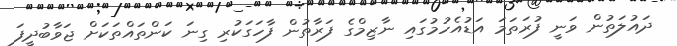
ދައުލަތުން ވަނީ ފުރަތަމަ އަޑުއެހުމުގައި ނާޒިމްގެ ފަރާތުން ފާހަގަކުރި ގިނަ ކަންތައްތަކަށް ޖަވާބުދީފަ